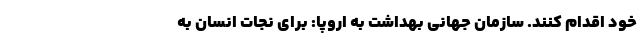
خود اقدام کنند. سازمان جهانی بهداشت به اروپا: برای نجات انسان به